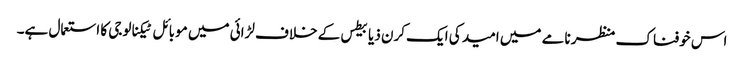
اس خوفناک منظر نامے میں امید کی ایک کرن ذیابیطس کے خلاف لڑائی میں موبائل ٹیکنالوجی کا استعمال ہے۔